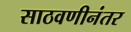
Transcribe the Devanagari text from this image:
साठवणीनंतर